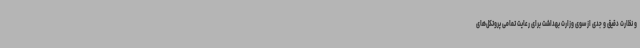
و نظارت دقیق و جدی از سوی وزارت بهداشت برای رعایت تمامی پروتکل‌های